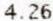
4.26